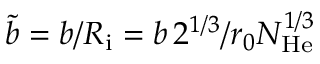
\tilde { b } = b / R _ { \mathrm { i } } = b \, 2 ^ { 1 / 3 } / r _ { 0 } N _ { \mathrm { H e } } ^ { 1 / 3 }